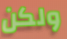
ولكن